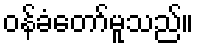
ဝန်ခံတော်မူသည်။